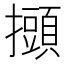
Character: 𢸸